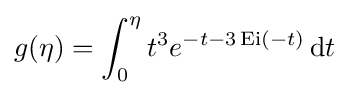
g(\eta )=\int _{0}^{\eta }t^{3}e^{-t-3\operatorname {Ei} (-t)}\,\mathrm {d} t